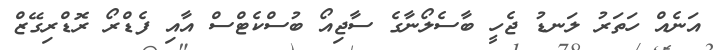
އަނެއް ހަތަރު ލަނޑު ޖެހީ ބާސެލޯނާގެ ސާޖިއޯ ބުސްކެޓްސް އާއި ފެޑްރޯ ރޮޑްރިގޭޒް